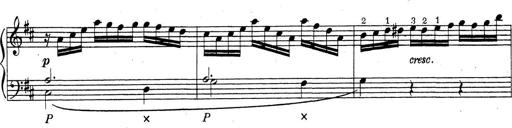
Title: ÄŒeskÃ© Sonatiny
Composer: Various